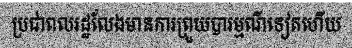
ប្រជាពលរដ្ឋលែងមានការព្រួយបារម្មណ៌ទៀតហើយ